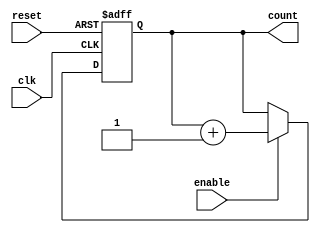
module cascaded_counter #(
    parameter N = 4 // Number of bits for the counter (default is 4)
)(
    input wire clk,          // Clock signal
    input wire reset,        // Asynchronous reset signal
    input wire enable,       // Enable signal
    output reg [N-1:0] count // Current count value
);

    // Always block triggered on the rising edge of the clock or reset
    always @(posedge clk or posedge reset) begin
        if (reset) begin
            count <= 0; // Reset the count to 0
        end else if (enable) begin
            count <= count + 1; // Increment the count
        end
    end

endmodule